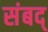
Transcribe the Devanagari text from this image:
संबद्